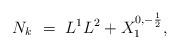
LaTeX: \begin{align*} N_k \ = \ {L^1 L^2} + X_1^{0,-\frac{1}{2}},\end{align*}